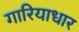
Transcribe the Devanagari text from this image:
गारियाधार